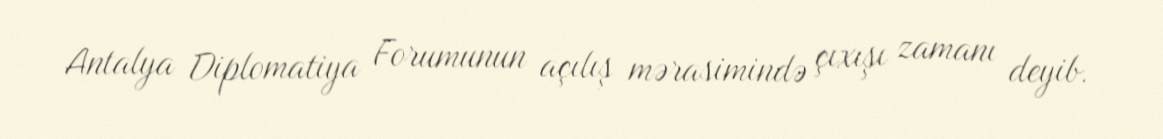
Antalya Diplomatiya Forumunun açılış mərasimində çıxışı zamanı deyib.